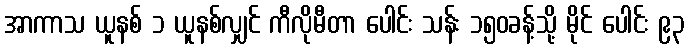
အာကာသ ယူနစ် ၁ ယူနစ်လျှင် ကီလိုမီတာ ပေါင်း သန်း ၁၅၀ခန့်သို့ မိုင် ပေါင်း ၉၃